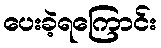
ပေးခဲ့ရကြောင်း